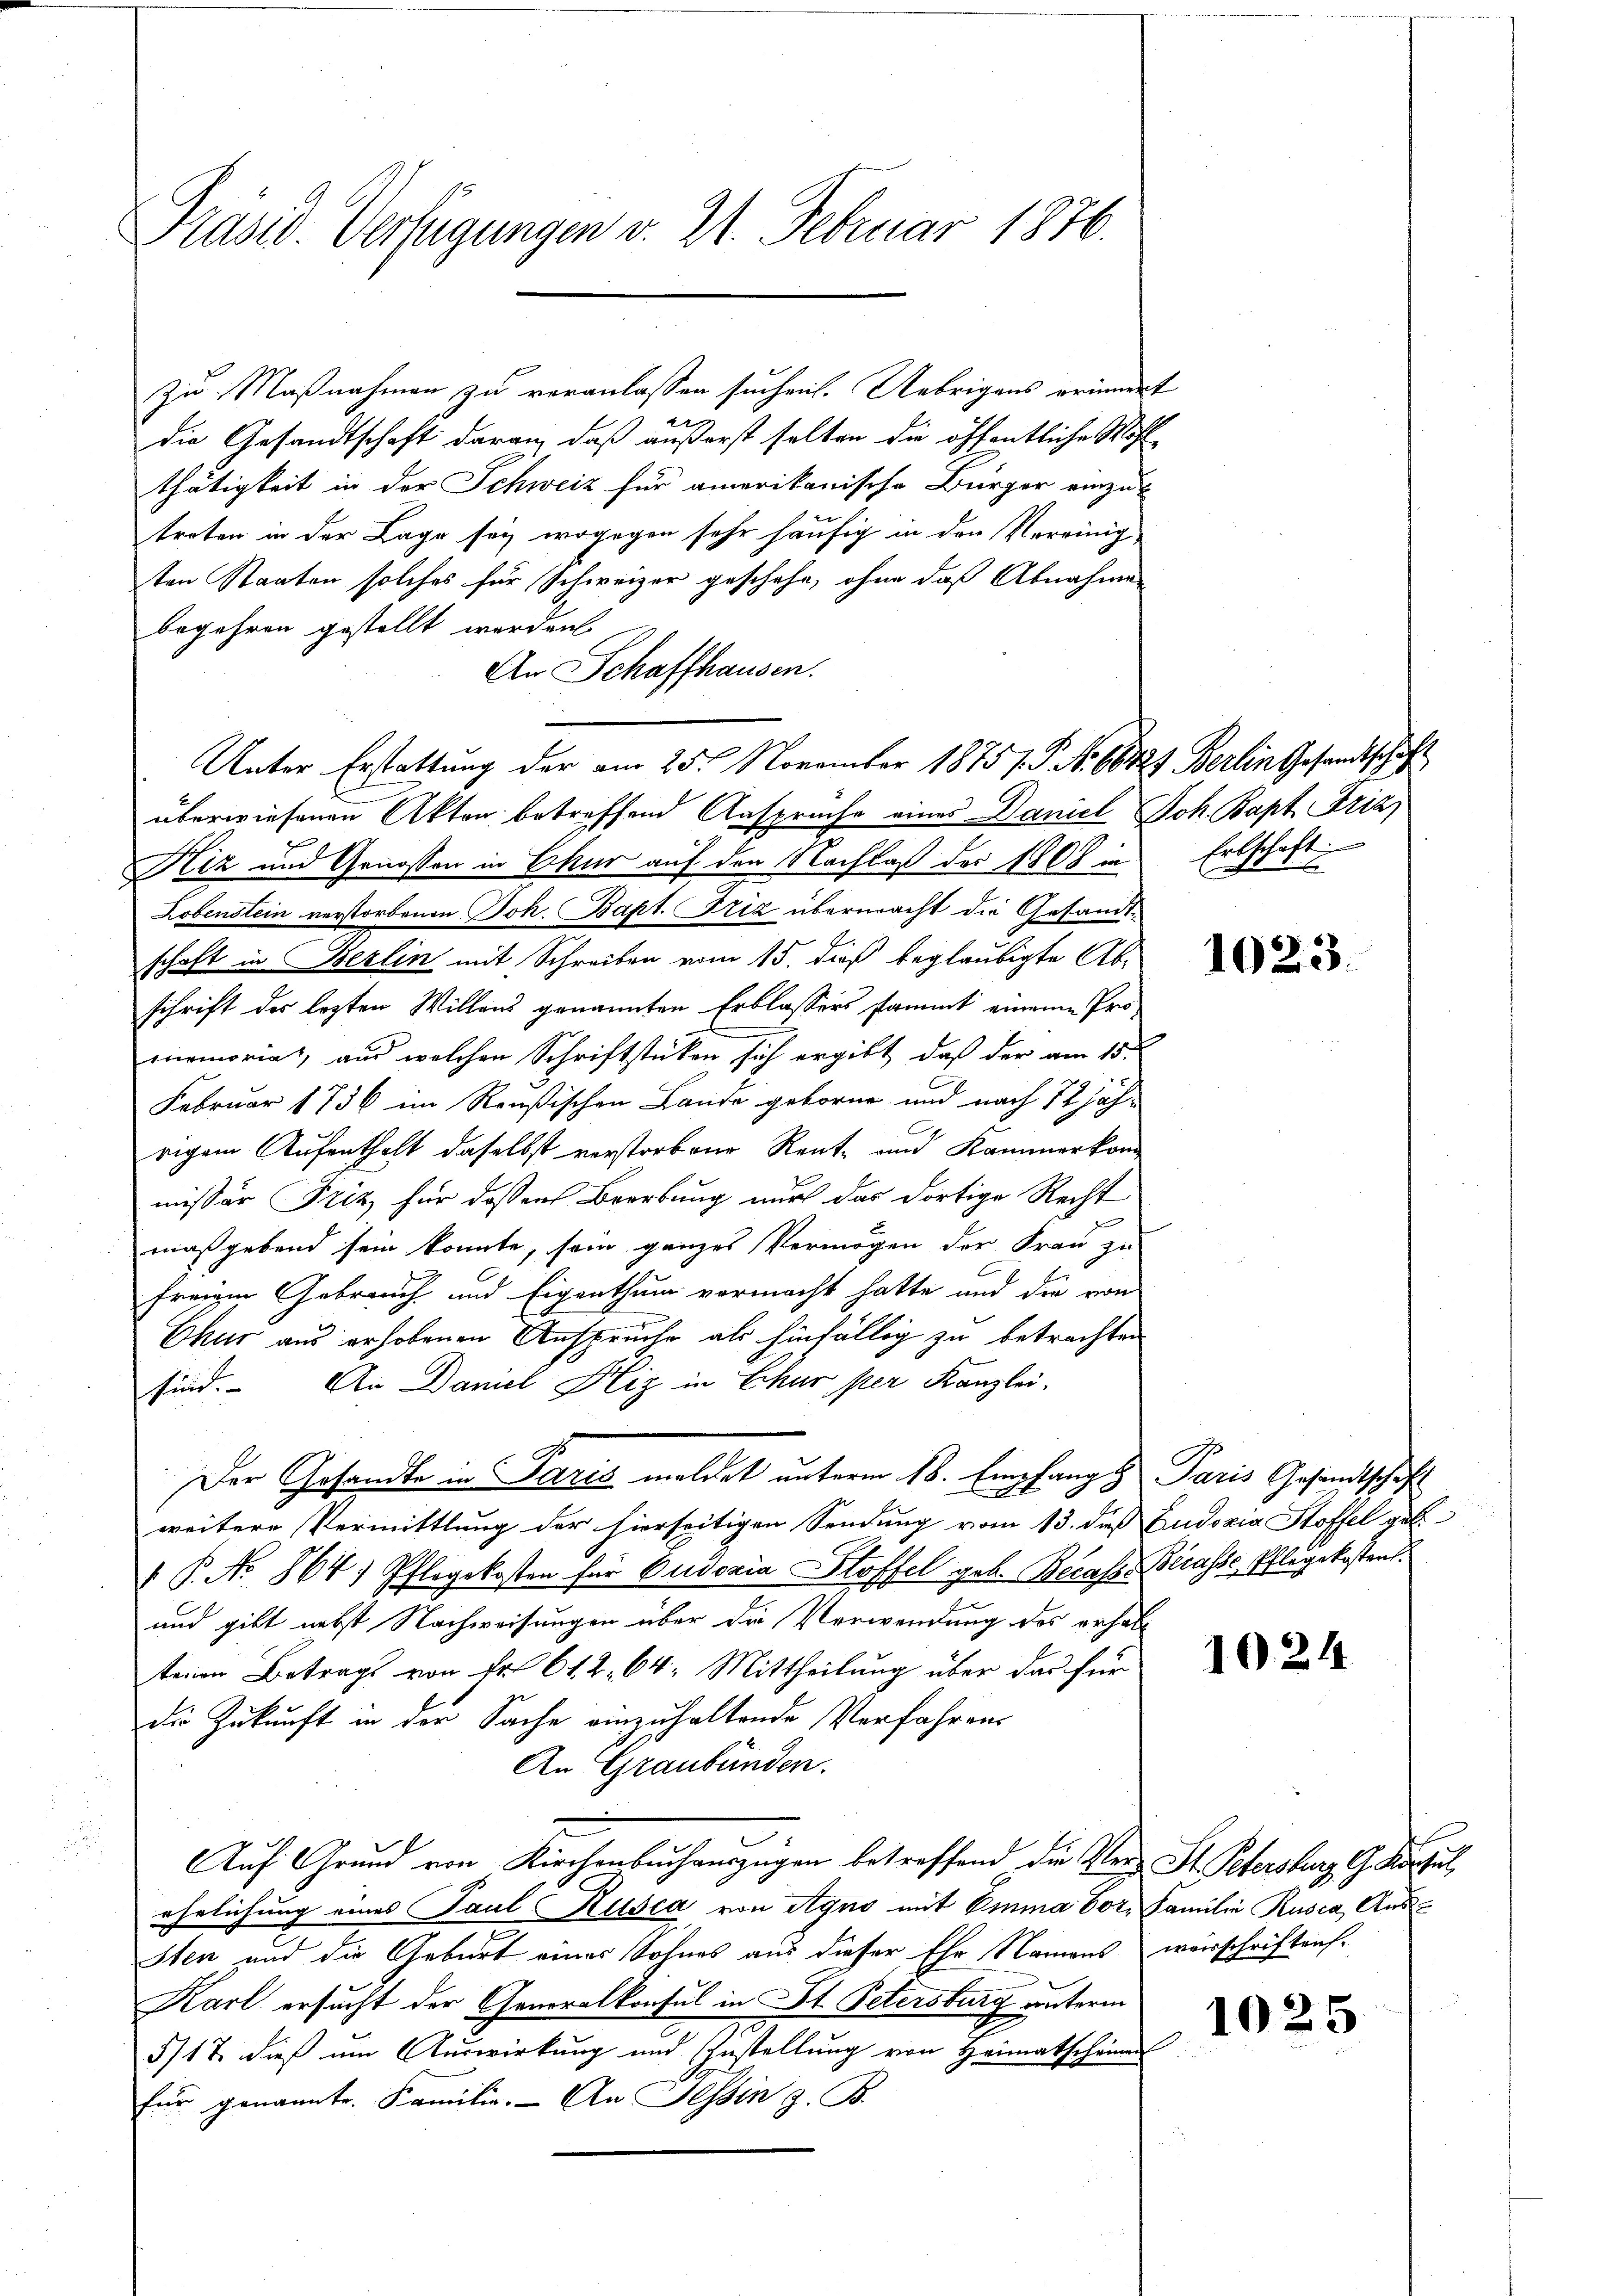
Präsid. Verfügungen v. 21. Februar 1876.

zu Maßnahmen zu veranlassen suchen. Uebrigens erinnert
die Gesandtschaft daran, daß äußerst selben die öffentliche Wohl
thätigkeit in der Schweiz für amerikanische Bürger einzut
treten in der Lage sey, wogegen sehr häufig in den Vereinig-
ten Staaten solches für Schweizer geschehe, ohne daß Abnahmen
begehren gestellt werden.
An Schaffhausen.
überwiesenen Akten betreffend Anspruche eines Daniel Joh. Bapt Frizz
Hiz und Genossen in Chur auf den Nachlaß des 1808 in
Lobenstein verstorbenen Joh. Bapt. Friz übermacht die Gesandtschaft in Berlin mit Schreiben vom 15. dieß beglaubigte Abschrift des lezten Willens genannten Erblassers stammt einem Promemoria, aus welchen Schriftstücken sich ergibt, daß der am 15ten
Februar 1736 im Reußischen Lande geborne und nach 12 jährigem Aufenthalt daselbst verstorbene Rent- und Kammerkommissär Friz für dessen Brerbung nur das dortige Recht
maßgebend sein konnte, sein ganzes Vermögen der Frau zu
freien Gebrauch und Eigenthum vermacht hatte und die von
d
Chur aus erhobenen Ansprüche als hinfällig zu betrachten
sind. An Daniel Hiz in Chur per Kanzlei,
Der Gesandte in Paris meldet unterm 18. Empfang & Paris Gesandtschaft
weitere Vermittlung der hierseitigen Sendung vom 13. dieß Gudoxia Stoffel geb.
 P. No. 864) Pflegekosten für Eudoxia Stoffel geb. Recass. Becasse, Pflegekostens.
und gibt nebst Nachweisungen über die Verwendung des erhaltenen Betrags von Fr. 612. 64: Mittheilung über das für
die Zukunft in der Sache einzuhaltende Verfahrens
An Graubünden.
Auf Grund von Kirchenbuchauszügen betreffend die Ver- St. Petersher Geschul
ehelichung eines Paul Kellsca von Agno mit Emma vor. Familie Rusca, Aus-
sten und die Geburt eines Sohnes aus dieser Ehr Namens weisschriftrich¬
Karl ersucht der Generalkonsul in St. Petersburg unterm
517 dieß um Auswirkung und Ehestellung von Heimatscheinen
für genannte. Familie. An Tessin z. B.

Unter Erstattung der am 25. November 18751. P. No 66324 Berlin Gesandtschäft

Erbschaft

1023.

1024

1025